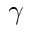
\gamma